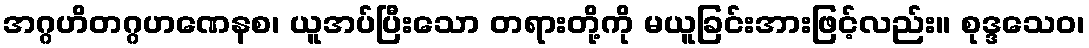
အဂ္ဂဟိတဂ္ဂဟဏေနစ၊ ယူအပ်ပြီးသော တရားတို့ကို မယူခြင်းအားဖြင့်လည်း။ စုဒ္ဒသေဝ၊